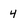
Character: 4